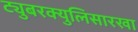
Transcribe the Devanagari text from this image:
ट्युबरक्युलिसारखा